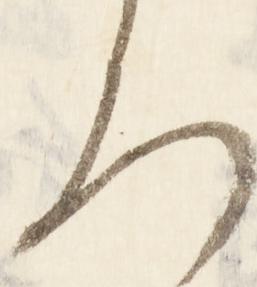
ろ